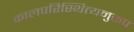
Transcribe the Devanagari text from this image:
कालपरिस्थित्यनुरूप